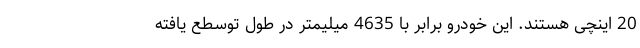
20 اینچی هستند. این خودرو برابر با 4635 میلیمتر در طول توسطع یافته